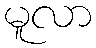
မူလာ